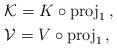
LaTeX: \begin{align*} & \mathcal{K}=K\circ \mathrm{proj}_1\,, \\ & \mathcal{V}=V\circ \mathrm{proj}_1\,,\end{align*}